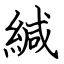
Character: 緘